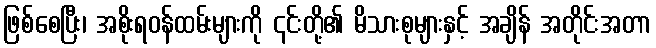
ဖြစ်စေပြီး၊ အစိုးရဝန်ထမ်းများကို ၎င်းတို့၏ မိသားစုများနှင့် အချိန် အတိုင်းအတာ